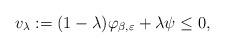
LaTeX: \begin{align*} v_{\lambda}:=(1-\lambda)\varphi_{\beta,\varepsilon} +\lambda \psi \leq 0,\end{align*}